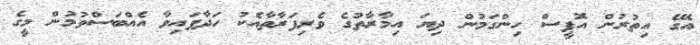
އޭގެ އިތުރުން އޮފީސް ހިންގަމުން ދިޔަ އިމާރާތުގެ ވެރިފަރާތާއެކު ހަދާފައިވާ އެއްބަސްވުމުން މީގެ